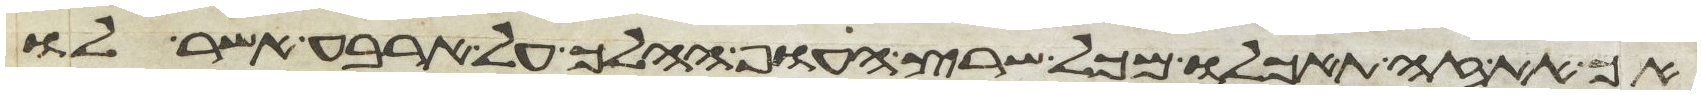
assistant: אך את זה תאכלו מכל שרץ העוף ההלך על ארבע אשר לו